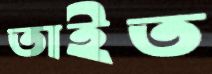
তাইত